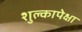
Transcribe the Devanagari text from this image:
शुल्कापेक्षा